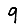
Digit: 9